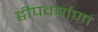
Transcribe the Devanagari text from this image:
द्वीपवर्षाणां